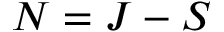
N = J - S